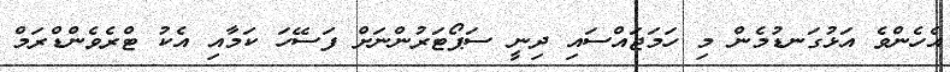
އެހެންވެ އަޅުގަނޑުމެން މި ހަމަޖައްސައި ދިނީ ސަޕޯޓަރުންނަށް ފަސޭހަ ކަމާއި އެކު ޓްރެވެންޑްރަމް